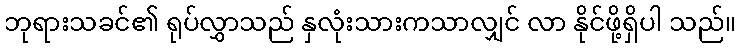
ဘုရားသခင်၏ ရုပ်လွှာသည် နှလုံးသားကသာလျှင် လာ နိုင်ဖို့ရှိပါ သည်။